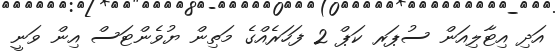
އަދި އިޓާލިއަން ސުޕަރ ކަޕް 2 ފަހަރެއްގެ މަތިން ޔުވެންޓަސް އިން ވަނީ